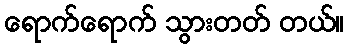
ရောက်ရောက် သွားတတ် တယ်။